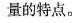
量的特点。